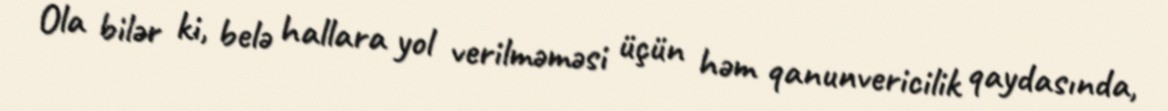
Ola bilər ki, belə hallara yol verilməməsi üçün həm qanunvericilik qaydasında,